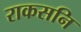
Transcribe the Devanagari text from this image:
राकसनि